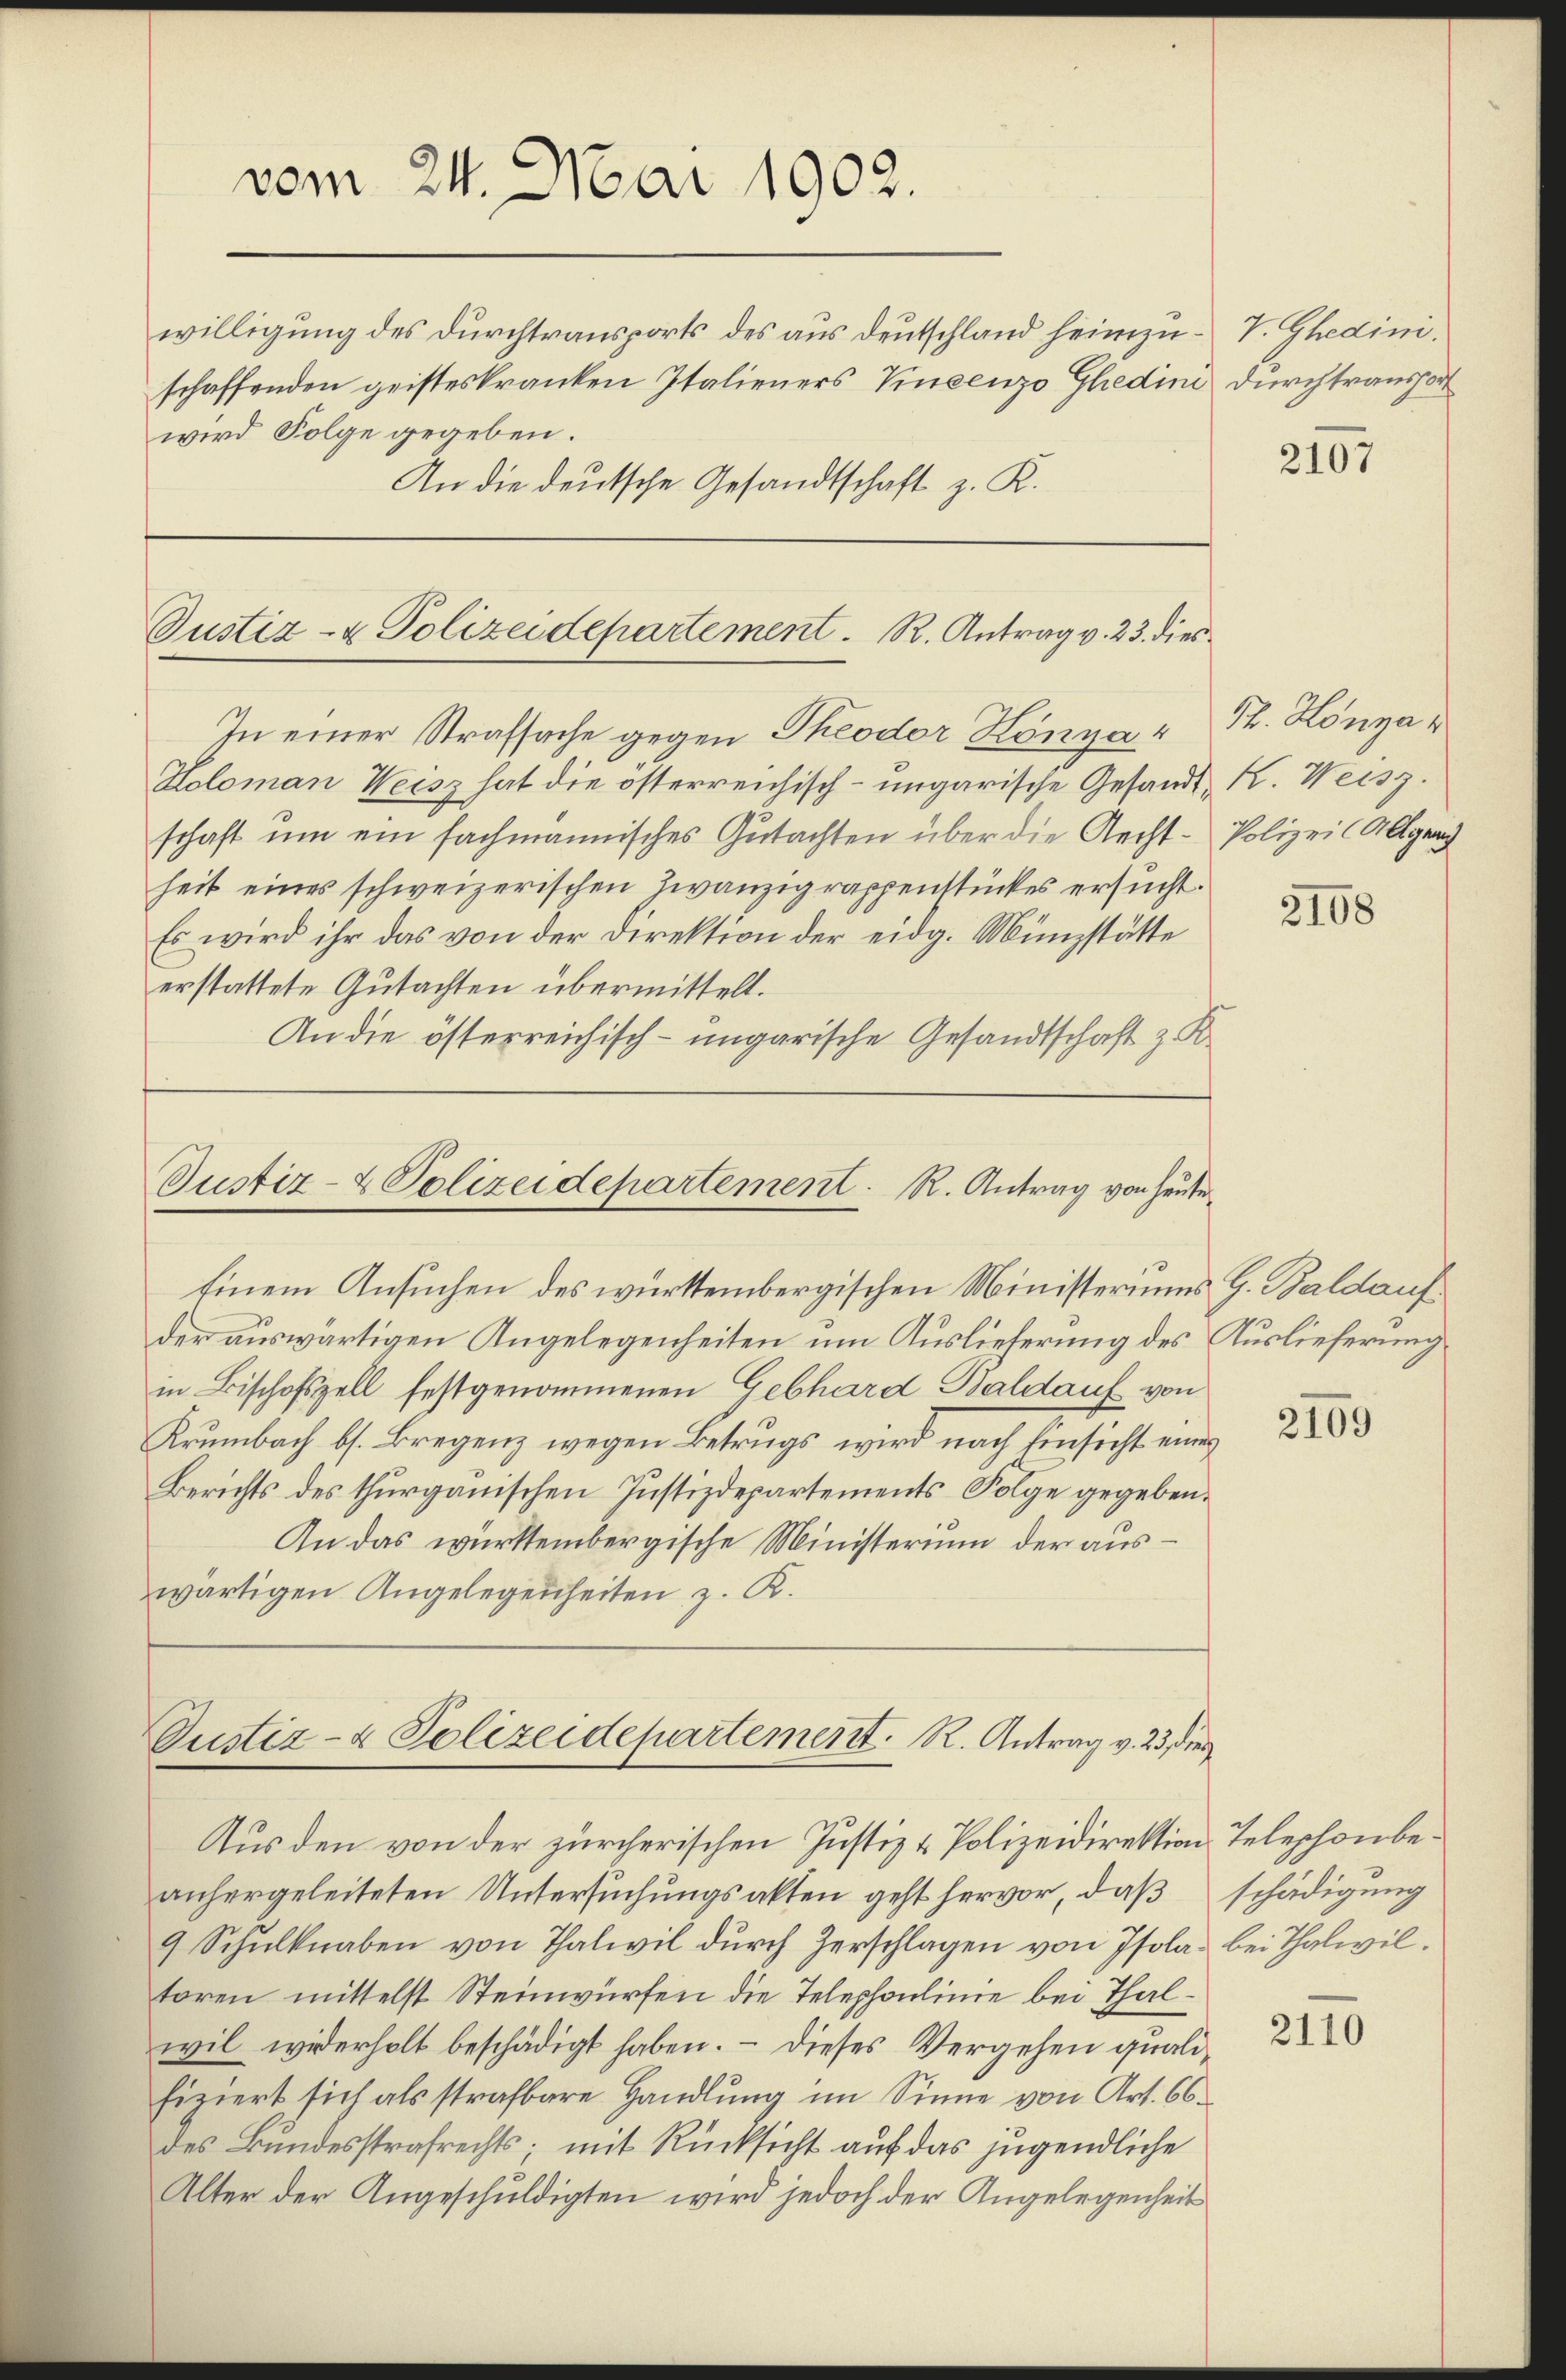
vom 24. Mai 1902.

Holoman Weisz hat die österreichisch-ungarische Gesandt K. Weisz.
schaft um ein fachmannisches Gutachten über die Recht - Polizeil Allgerich
heit eines schweizerischen Zwanzig rappenstückes ersucht.
Es wird ihr das von der Direktion der eidg. Münzstätte
erstattete Gutachten übermittelt.
An die österreichisch-ungarische Gesandtschaft z. K.

willigung des Durchtransports des aus Deutschland heimzu- V. Gedini.
schaffenden geisteskranken Italieners Vincenzo Ghedini durchtransport
wird Folge gegeben.
An die deutsche Gesandtschaft z. K.

Justiz- & Polizeidepartement. R. Antrag v. 23. dies
In einer Strafsache gegen Theodor Könya4

der auswärtigen Angelegenheiten um Auslieferung des Auslieferung
in Bischofszell festgenommenen Gebhard Baldauf von
Krumbach bs. Bregenz wegen Betrugs wird nach Einsicht eines
Berichts des thurgauischen Justizdepartements Folge gegeben.
An das württembergische Ministerium der auswärtigen Angelegenheiten, z. K.

Justiz- & Polizeidepartement. R. Antrag von heute
Einem Ansuchen des württembergischen Ministeriums G. Baldauf

Justiz- & Polizeidepartement. R. Antrag v. 23, dies

Aus den von der zürcherischen Justiz & Polizeidirektion, Telephonbeanhergeleiteten Untersuchungsakten geht hervor, daß
9 Schulknaben von Thalwil durch Zerschlagen von Isola bei Thalwiltoren mittelst Steinwürfen die Telephonlinie bei Thalwil widerholt beschädigt haben. — Dieses Vergehen qualifiziert sich als strafbare Handlung im Sinne von Art. 66.
des Bundesstrafrechts, mit Rücksicht auf das jugendliche
Alter der Angeschuldigten wird jedoch der Angelegenheit

2107

S. Honza

2108

2169

2110

schädigung